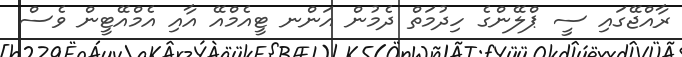
ރާއްޖޭގައި ސީ ޕްލޭންގެ ހިދުމަތް ދެމުން އަންނ ޓީއެމްއޭ އާއި އެމްއޭޓީން ވެސް